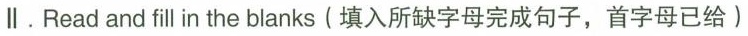
∥.Read and fill in the blanks (填入所缺字母完成句子,首字母已给)